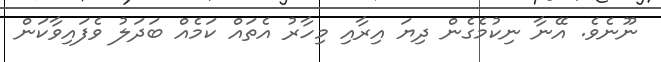
ނޫނެވެ. އޭނާ ނިކުމެގެން ދިޔަ އިރާއި މިހާރު އެތައް ކަމެއް ބަދަލު ވެފައިވާކަން